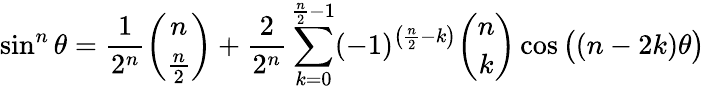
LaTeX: \sin^{n}\theta={\frac{1}{2^{n}}}{\binom{n}{\frac{n}{2}}}+{\frac{2}{2^{n}}}\sum_{k=0}^{{\frac{n}{2}}-1}(-1)^{\left({\frac{n}{2}}-k\right)}{\binom{n}{k}}\cos{{\big(}(n-2k)\theta{\big)}}